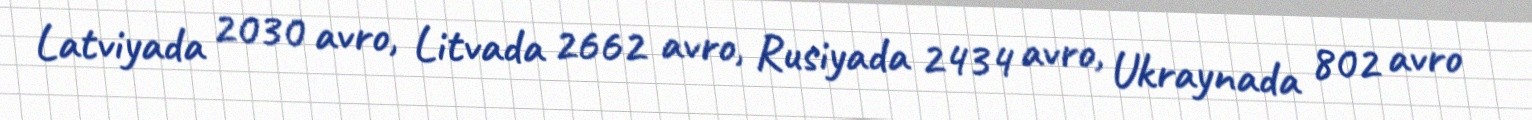
Latviyada 2030 avro, Litvada 2662 avro, Rusiyada 2434 avro, Ukraynada 802 avro